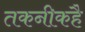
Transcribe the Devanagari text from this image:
तकनीकहै